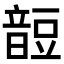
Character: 𧯹